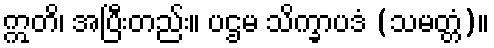
ဣတိ၊ အပြီးတည်း။ ပဌမ သိက္ခာပဒံ (သမတ္တံ)။